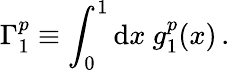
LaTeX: \Gamma_{1}^{p}\equiv\int_{0}^{1}\mathrm{d}x~g_{1}^{p}(x)\, .